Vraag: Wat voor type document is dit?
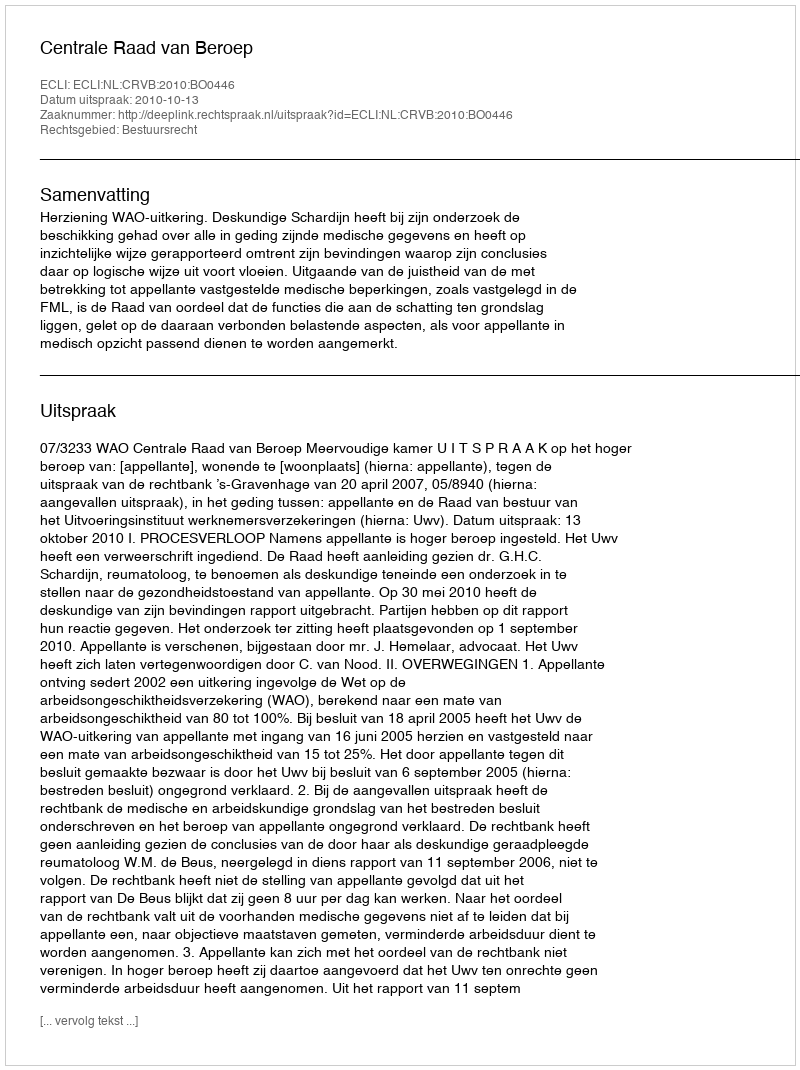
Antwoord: Uitspraak